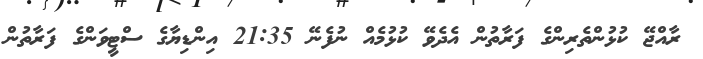
ރާއްޖޭ ކުޅުންތެެރިންގެ ފަރާތުން އެދެވޭ ކުޅުމެއް ނުފެނޭ 21:35 އިންޑިޔާގެ ސްޓީވަންގެ ފަރާތުން